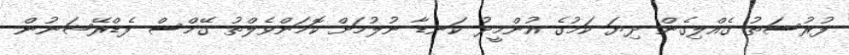
ފުރުސަތު ގެއްލިގެން ދިޔަ ކަމުގެ އުންމީދު ކަނޑާ ނުލުމަށް ކޮމަންވެލްތު ގޭމްސް ފެޑްރޭޝަނުން